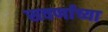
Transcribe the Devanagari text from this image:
सवर्णाच्या